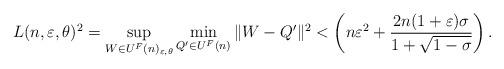
LaTeX: \begin{align*}L(n,\varepsilon,\theta)^2=\sup_{W \in U^F(n)_{\varepsilon,\theta}}\min_{Q' \in U^F(n)}\|W-Q'\|^2<\left(n \varepsilon^2+ \frac{2n(1+\varepsilon)\sigma}{1+ \sqrt{1-\sigma}}\right).\end{align*}